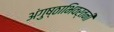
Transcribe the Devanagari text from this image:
अंगुष्ठाभिवर्तनी